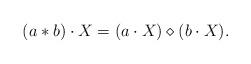
LaTeX: \begin{align*} (a * b)\cdot X = (a \cdot X)\diamond(b \cdot X). \end{align*}